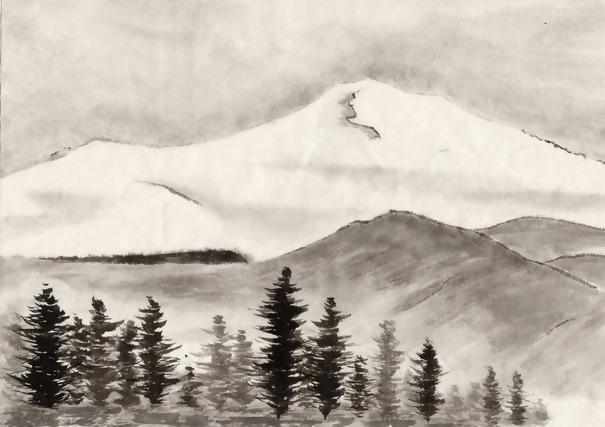
落叶委埏侧，枯荄带坟隅。